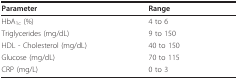
<table><thead><tr><td><b>Parameter</b></td><td><b>Range</b></td></tr></thead><tbody><tr><td>HbA<sub>1c </sub>(%)</td><td>4 to 6</td></tr><tr><td>Triglycerides (mg/dL)</td><td>9 to 150</td></tr><tr><td>HDL - Cholesterol (mg/dL)</td><td>40 to 150</td></tr><tr><td>Glucose (mg/dL)</td><td>70 to 115</td></tr><tr><td>CRP (mg/L)</td><td>0 to 3</td></tr></tbody></table>